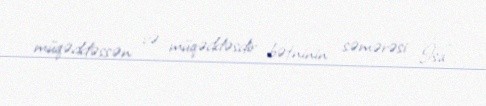
müqəddəssən və müqəddəsdir bətninin səmərəsi İsa”.